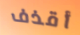
أقذف